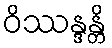
ဝိဿန္ဒန္တိ